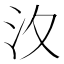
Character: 汷